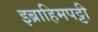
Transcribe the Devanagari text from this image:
इब्राहिमपट्टी